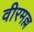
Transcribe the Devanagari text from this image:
वीरमल्ल